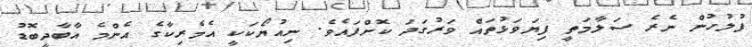
ފުލުހުން ނެރެ ސަލާމަތީ ފިޔަވަޅުތައް ވަރުގަދަ ކޮށްފައެވެ. ނިއުޔޯކަކީ އެމެރިކާގެ އެންމެ އާބާދީބޮޑު